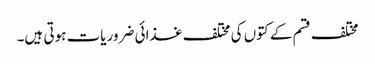
مختلف قسم کے کتوں کی مختلف غذائی ضروریات ہوتی ہیں۔